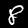
Digit: 8